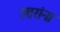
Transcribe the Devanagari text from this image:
उत्तरांना